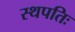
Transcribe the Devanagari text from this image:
स्थपतिः